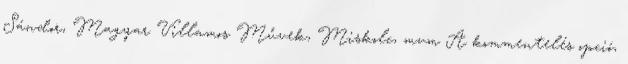
Sándor, Magyar Villamos Művek, Miskolc, mvm A kommentelés opció,